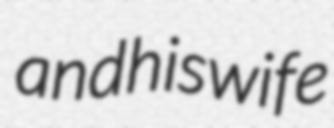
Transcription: and his wife